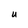
Character: u